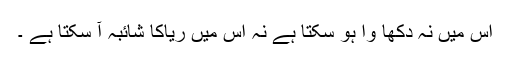
اس میں نہ دکھا وا ہو سکتا ہے نہ اس میں ریاکا شائبہ آ سکتا ہے ۔